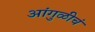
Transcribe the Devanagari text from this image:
आंगुळीचं